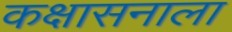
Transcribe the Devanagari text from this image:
कक्षासनाला